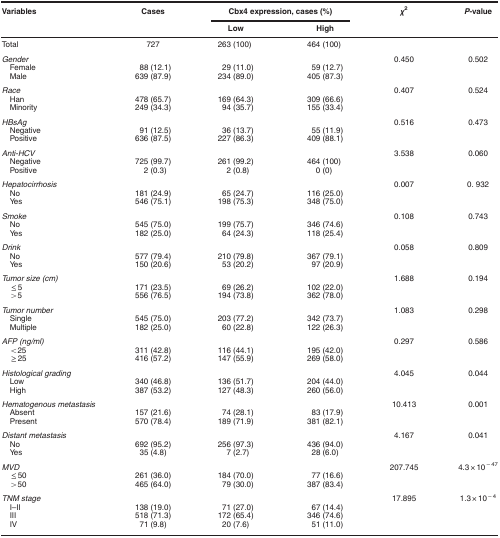
<table><thead><tr><td><b>Variables</b></td><td><b>Cases</b></td><td colspan="2"><b>Cbx4 expression, cases (%)</b></td><td><b><i>χ</i><sup>2</sup></b></td><td><b><i>P</i>-value</b></td></tr><tr><td><b> </b></td><td><b> </b></td><td><b>Low</b></td><td><b>High</b></td><td><b> </b></td><td><b> </b></td></tr></thead><tbody><tr><td>Total</td><td>727</td><td>263 (100)</td><td>464 (100)</td><td> </td><td> </td></tr><tr><td><i>Gender</i></td><td> </td><td> </td><td> </td><td>0.450</td><td>0.502</td></tr><tr><td> Female</td><td>88 (12.1)</td><td>29 (11.0)</td><td>59 (12.7)</td><td> </td><td> </td></tr><tr><td> Male</td><td>639 (87.9)</td><td>234 (89.0)</td><td>405 (87.3)</td><td> </td><td> </td></tr><tr><td><i>Race</i></td><td> </td><td> </td><td> </td><td>0.407</td><td>0.524</td></tr><tr><td> Han</td><td>478 (65.7)</td><td>169 (64.3)</td><td>309 (66.6)</td><td> </td><td> </td></tr><tr><td> Minority</td><td>249 (34.3)</td><td>94 (35.7)</td><td>155 (33.4)</td><td> </td><td> </td></tr><tr><td><i>HBsAg</i></td><td> </td><td> </td><td> </td><td>0.516</td><td>0.473</td></tr><tr><td> Negative</td><td>91 (12.5)</td><td>36 (13.7)</td><td>55 (11.9)</td><td> </td><td> </td></tr><tr><td> Positive</td><td>636 (87.5)</td><td>227 (86.3)</td><td>409 (88.1)</td><td> </td><td> </td></tr><tr><td><i>Anti-HCV</i></td><td> </td><td> </td><td> </td><td>3.538</td><td>0.060</td></tr><tr><td> Negative</td><td>725 (99.7)</td><td>261 (99.2)</td><td>464 (100)</td><td> </td><td> </td></tr><tr><td> Positive</td><td>2 (0.3)</td><td>2 (0.8)</td><td>0 (0)</td><td> </td><td> </td></tr><tr><td><i>Hepatocirrhosis</i></td><td> </td><td> </td><td> </td><td>0.007</td><td>0. 932</td></tr><tr><td> No</td><td>181 (24.9)</td><td>65 (24.7)</td><td>116 (25.0)</td><td> </td><td> </td></tr><tr><td> Yes</td><td>546 (75.1)</td><td>198 (75.3)</td><td>348 (75.0)</td><td> </td><td> </td></tr><tr><td><i>Smoke</i></td><td> </td><td> </td><td> </td><td>0.108</td><td>0.743</td></tr><tr><td> No</td><td>545 (75.0)</td><td>199 (75.7)</td><td>346 (74.6)</td><td> </td><td> </td></tr><tr><td> Yes</td><td>182 (25.0)</td><td>64 (24.3)</td><td>118 (25.4)</td><td> </td><td> </td></tr><tr><td><i>Drink</i></td><td> </td><td> </td><td> </td><td>0.058</td><td>0.809</td></tr><tr><td> No</td><td>577 (79.4)</td><td>210 (79.8)</td><td>367 (79.1)</td><td> </td><td> </td></tr><tr><td> Yes</td><td>150 (20.6)</td><td>53 (20.2)</td><td>97 (20.9)</td><td> </td><td> </td></tr><tr><td><i>Tumor size (cm)</i></td><td> </td><td> </td><td> </td><td>1.688</td><td>0.194</td></tr><tr><td> ≤5</td><td>171 (23.5)</td><td>69 (26.2)</td><td>102 (22.0)</td><td> </td><td> </td></tr><tr><td> &gt;5</td><td>556 (76.5)</td><td>194 (73.8)</td><td>362 (78.0)</td><td> </td><td> </td></tr><tr><td><i>Tumor number</i></td><td> </td><td> </td><td> </td><td>1.083</td><td>0.298</td></tr><tr><td> Single</td><td>545 (75.0)</td><td>203 (77.2)</td><td>342 (73.7)</td><td> </td><td> </td></tr><tr><td> Multiple</td><td>182 (25.0)</td><td>60 (22.8)</td><td>122 (26.3)</td><td> </td><td> </td></tr><tr><td><i>AFP (ng/ml)</i></td><td> </td><td> </td><td> </td><td>0.297</td><td>0.586</td></tr><tr><td> &lt;25</td><td>311 (42.8)</td><td>116 (44.1)</td><td>195 (42.0)</td><td> </td><td> </td></tr><tr><td> ≥25</td><td>416 (57.2)</td><td>147 (55.9)</td><td>269 (58.0)</td><td> </td><td> </td></tr><tr><td><i>Histological grading</i></td><td> </td><td> </td><td> </td><td>4.045</td><td>0.044</td></tr><tr><td> Low</td><td>340 (46.8)</td><td>136 (51.7)</td><td>204 (44.0)</td><td> </td><td> </td></tr><tr><td> High</td><td>387 (53.2)</td><td>127 (48.3)</td><td>260 (56.0)</td><td> </td><td> </td></tr><tr><td><i>Hematogenous metastasis</i></td><td> </td><td> </td><td> </td><td>10.413</td><td>0.001</td></tr><tr><td> Absent</td><td>157 (21.6)</td><td>74 (28.1)</td><td>83 (17.9)</td><td> </td><td> </td></tr><tr><td> Present</td><td>570 (78.4)</td><td>189 (71.9)</td><td>381 (82.1)</td><td> </td><td> </td></tr><tr><td><i>Distant metastasis</i></td><td> </td><td> </td><td> </td><td>4.167</td><td>0.041</td></tr><tr><td> No</td><td>692 (95.2)</td><td>256 (97.3)</td><td>436 (94.0)</td><td> </td><td> </td></tr><tr><td> Yes</td><td>35 (4.8)</td><td>7 (2.7)</td><td>28 (6.0)</td><td> </td><td> </td></tr><tr><td><i>MVD</i></td><td> </td><td> </td><td> </td><td>207.745</td><td>4.3 × 10<sup>−47</sup></td></tr><tr><td> ≤50</td><td>261 (36.0)</td><td>184 (70.0)</td><td>77 (16.6)</td><td> </td><td> </td></tr><tr><td> &gt;50</td><td>465 (64.0)</td><td>79 (30.0)</td><td>387 (83.4)</td><td> </td><td> </td></tr><tr><td><i>TNM stage</i></td><td> </td><td> </td><td> </td><td>17.895</td><td>1.3 × 10<sup>−4</sup></td></tr><tr><td> I–II</td><td>138 (19.0)</td><td>71 (27.0)</td><td>67 (14.4)</td><td> </td><td> </td></tr><tr><td> III</td><td>518 (71.3)</td><td>172 (65.4)</td><td>346 (74.6)</td><td> </td><td> </td></tr><tr><td> IV</td><td>71 (9.8)</td><td>20 (7.6)</td><td>51 (11.0)</td><td> </td><td> </td></tr></tbody></table>